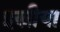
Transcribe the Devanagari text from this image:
इस्त्रीया